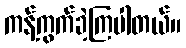
ကန့်ကွက်ခဲ့ကြပါတယ်။